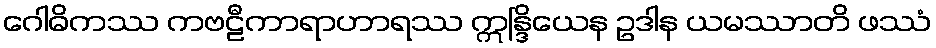
ဂေါဓိကဿ ကဗဠီကာရာဟာရဿ ဣန္ဒြိယေန ဥဒါန ယမဿာတိ ဖဿံ